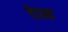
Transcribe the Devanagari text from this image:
देव्य